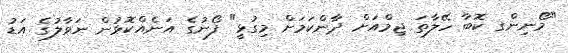
"މޯނިންގ ކޮބާ ހޭލާތަ ޖިމްއަށް ދާންކަމަށް މިގުޅީ" ފޯނުގެ އަނެއްކޮޅުން ނަވާލުގެ އަޑު